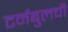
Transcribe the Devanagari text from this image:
टर्नबुलची